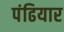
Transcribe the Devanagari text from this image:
पंढियार